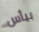
بيأس